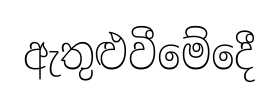
ඇතුළුවීමේදෙී